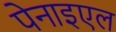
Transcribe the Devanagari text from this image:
पेनाइएल